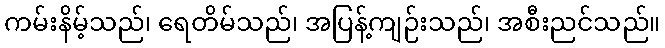
ကမ်းနိမ့်သည်၊ ရေတိမ်သည်၊ အပြန့်ကျဉ်းသည်၊ အစီးညင်သည်။